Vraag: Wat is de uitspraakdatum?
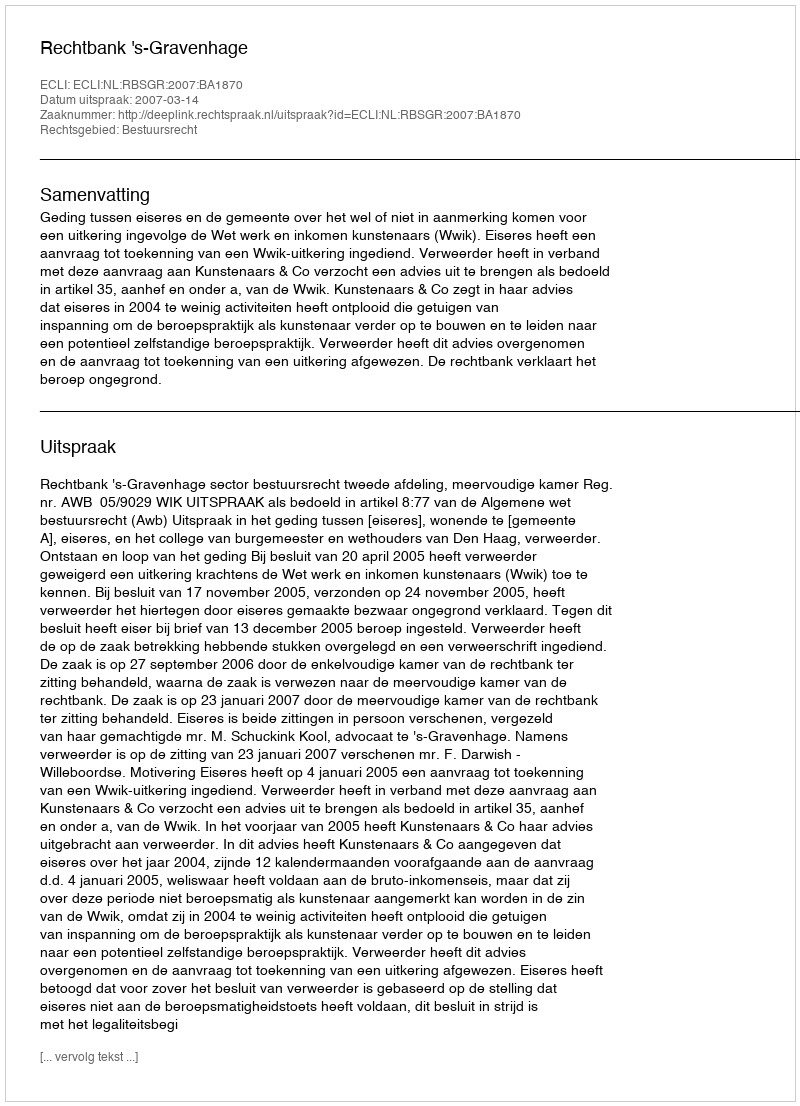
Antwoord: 2007-03-14